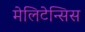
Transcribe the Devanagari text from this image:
मेलिटेन्सिस